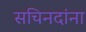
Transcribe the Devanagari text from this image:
सचिनदांना